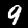
Digit: 9